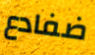
ضفادع